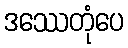
ဒဿေတုံပေ